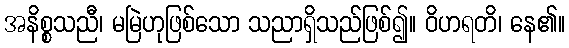
အနိစ္စသညီ၊ မမြဲဟုဖြစ်သော သညာရှိသည်ဖြစ်၍။ ဝိဟရတိ၊ နေ၏။